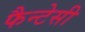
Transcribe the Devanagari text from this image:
फैन्टेसी